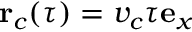
\mathbf { r } _ { c } ( \tau ) = v _ { c } \tau \mathbf { e } _ { x }